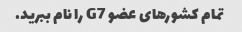
تمام کشورهای عضو G7 را نام ببرید.